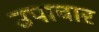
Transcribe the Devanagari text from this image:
उपाचार